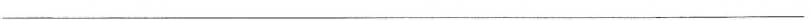
______